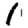
Digit: 1